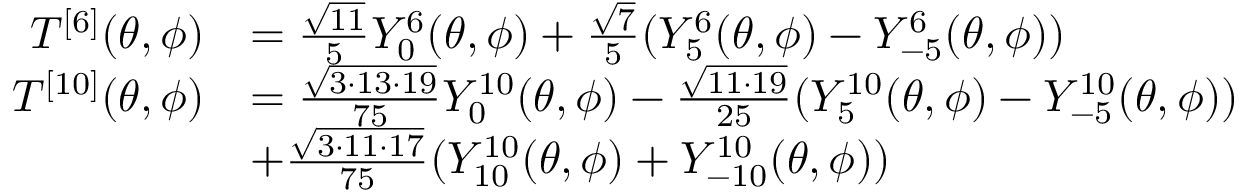
\begin{array} { r l } { T ^ { [ 6 ] } ( \theta , \phi ) } & { = \frac { \sqrt { 1 1 } } { 5 } Y _ { 0 } ^ { 6 } ( \theta , \phi ) + \frac { \sqrt { 7 } } { 5 } ( Y _ { 5 } ^ { 6 } ( \theta , \phi ) - Y _ { - 5 } ^ { 6 } ( \theta , \phi ) ) } \\ { T ^ { [ 1 0 ] } ( \theta , \phi ) } & { = \frac { \sqrt { 3 \cdot 1 3 \cdot 1 9 } } { 7 5 } Y _ { 0 } ^ { 1 0 } ( \theta , \phi ) - \frac { \sqrt { 1 1 \cdot 1 9 } } { 2 5 } ( Y _ { 5 } ^ { 1 0 } ( \theta , \phi ) - Y _ { - 5 } ^ { 1 0 } ( \theta , \phi ) ) } \\ & { + \frac { \sqrt { 3 \cdot 1 1 \cdot 1 7 } } { 7 5 } ( Y _ { 1 0 } ^ { 1 0 } ( \theta , \phi ) + Y _ { - 1 0 } ^ { 1 0 } ( \theta , \phi ) ) } \end{array}